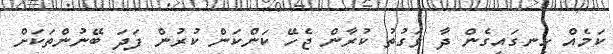
ކަމެއް ހިނގައިގެން ދާ ވަގުތު ކުރާން ޖެހޭ ކަންކަން ކުރުން ފަދަ ބޭނުންތަކަށް